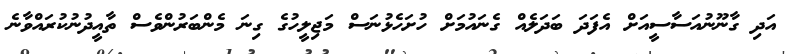
އަދި ގާނޫނުއަސާސީއަށް އެފަދަ ބަދަލެއް ގެނައުމަށް ހުށަހެޅުނަސް މަޖިލީހުގެ ގިނަ މެންބަރުންވެސް ތާއީދުނުކުރައްވާނެ